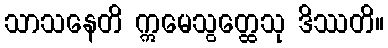
သာသနေတိ ဣမေသွတ္ထေသု ဒိဿတိ။